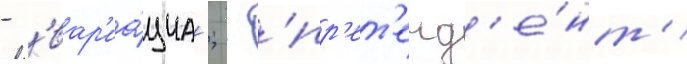
- 'вар'иа́циа'; - 'пр'ет'енд'е́нт'